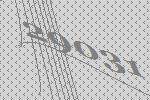
29031